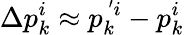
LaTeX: \Delta p_{k}^{i}\approx p_{k}^{\, ^{\prime}i}-p_{k}^{i}